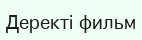
Деректі фильм